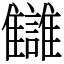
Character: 讎